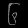
Digit: ၆